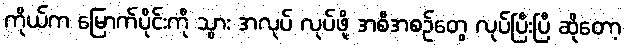
ကိုယ်က မြောက်ပိုင်းကို သွား အလုပ် လုပ်ဖို့ အစီအစဉ်တွေ လုပ်ပြီးပြီ ဆိုတော့